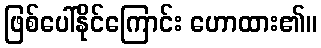
ဖြစ်ပေါ်နိုင်ကြောင်း ဟောထား၏။